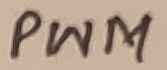
Text: PWM